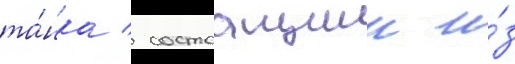
та́нка / состоащии и́з